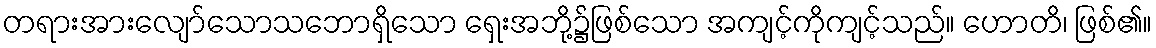
တရားအားလျော်သောသဘောရှိသော ရှေးအဘို့၌ဖြစ်သော အကျင့်ကိုကျင့်သည်။ ဟောတိ၊ ဖြစ်၏။